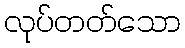
လုပ်တတ်သော